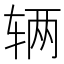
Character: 辆